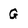
Character: G